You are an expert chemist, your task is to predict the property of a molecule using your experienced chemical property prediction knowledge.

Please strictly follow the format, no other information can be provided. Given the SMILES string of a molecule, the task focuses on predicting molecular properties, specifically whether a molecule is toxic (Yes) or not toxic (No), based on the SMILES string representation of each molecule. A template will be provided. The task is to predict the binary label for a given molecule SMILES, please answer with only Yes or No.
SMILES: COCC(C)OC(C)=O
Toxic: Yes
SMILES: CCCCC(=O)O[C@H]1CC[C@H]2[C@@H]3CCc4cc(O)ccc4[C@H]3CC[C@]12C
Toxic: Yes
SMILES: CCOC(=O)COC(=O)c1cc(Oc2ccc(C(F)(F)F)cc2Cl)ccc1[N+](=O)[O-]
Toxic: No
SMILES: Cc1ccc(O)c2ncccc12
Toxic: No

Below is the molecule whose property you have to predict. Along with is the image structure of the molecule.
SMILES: Cc1c(OCC(F)(F)F)ccnc1CS(=O)c1nc2ccccc2[nH]1
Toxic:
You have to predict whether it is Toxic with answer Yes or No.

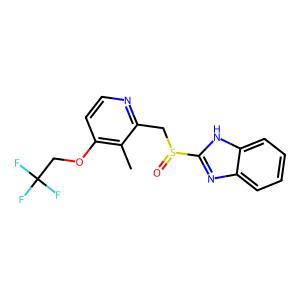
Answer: No